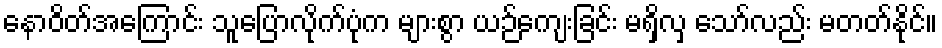
နောဝိတ်အကြောင်း သူပြောလိုက်ပုံက များစွာ ယဉ်ကျေးခြင်း မရှိလှ သော်လည်း မတတ်နိုင်။